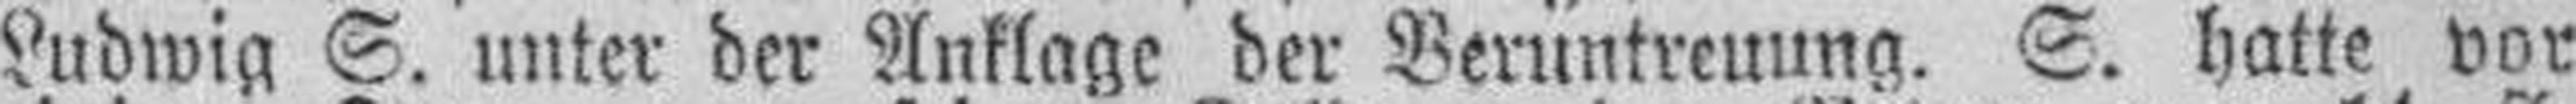
Ludwig S. unter der Anklage der Veruntreuung. S. hatte vor